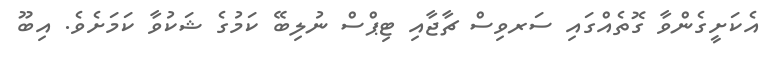
އެކަށީގެންވާ ގޮތެއްގައި ސަރވިސް ޗާޖާއި ޓިޕްސް ނުލިބޭ ކަމުގެ ޝަކުވާ ކަމަށެވެ. އިބޫ